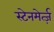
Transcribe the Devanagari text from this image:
स्टेनमेर्त्ज़